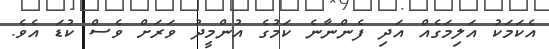
އެކަމަކު އަލިމަގެއް އަދި ފެންނާނެ ކަމުގެ އުންމީދު ވަރަށް ވެސް ކުޑަ އެވެ.